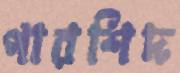
পারশিদ